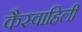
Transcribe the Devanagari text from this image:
कैस्वाहिली